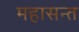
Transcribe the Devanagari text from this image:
महासन्त